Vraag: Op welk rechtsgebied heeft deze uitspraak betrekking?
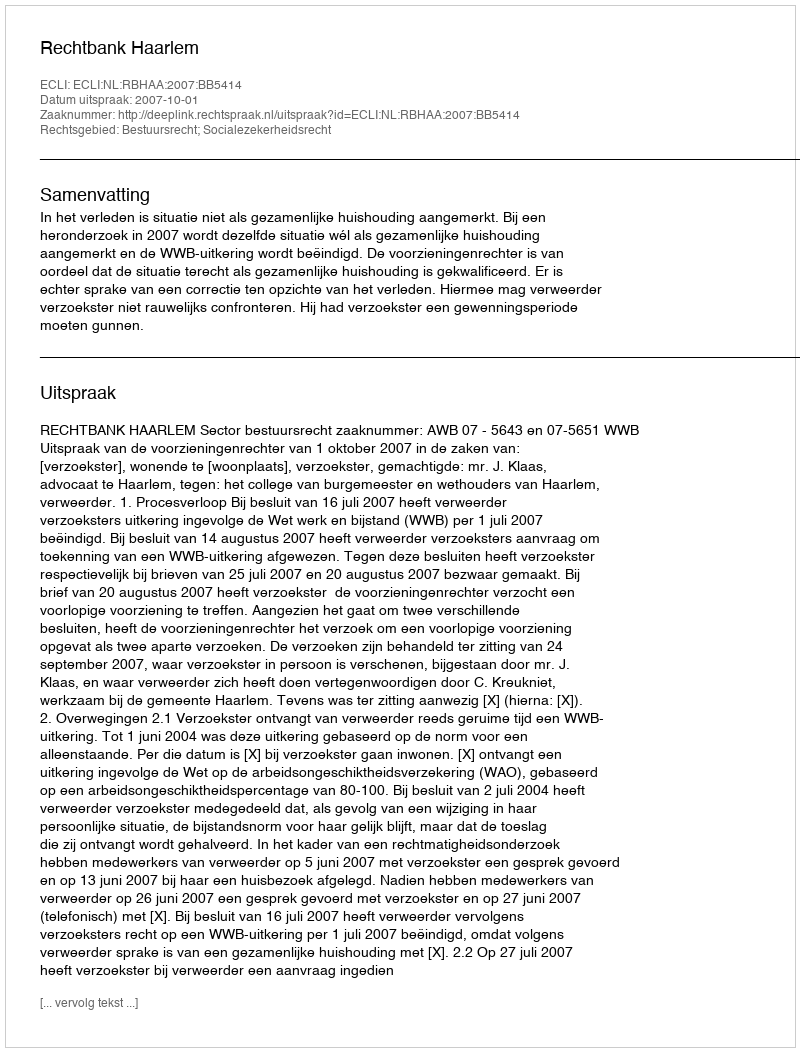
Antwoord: Bestuursrecht; Socialezekerheidsrecht